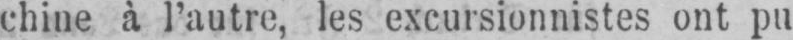
chine à l’autre, les excursionnistes ont pu